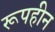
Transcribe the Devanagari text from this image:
रूपहीन